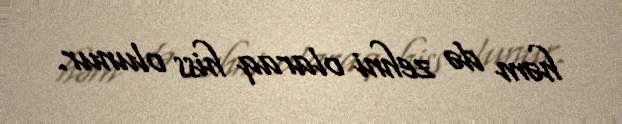
həm də zehni olaraq hiss olunur.